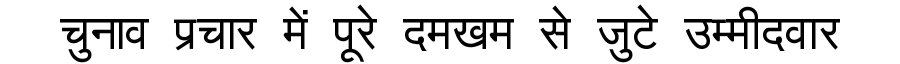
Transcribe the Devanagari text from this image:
चुनाव प्रचार में पूरे दमखम से जुटे उम्मीदवार